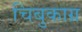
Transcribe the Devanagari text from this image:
चिबुकाग्र